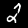
Digit: 2